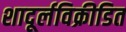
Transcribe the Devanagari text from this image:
शादूर्लविक्रीडित